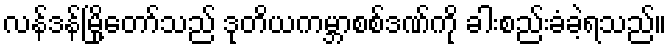
လန်ဒန်မြို့တော်သည် ဒုတိယကမ္ဘာစစ်ဒဏ်ကို ခါးစည်းခံခဲ့ရသည်။